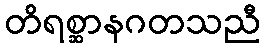
တိရစ္ဆာနဂတသညီ